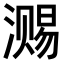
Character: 𣽷